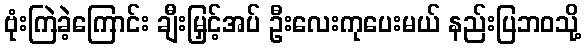
ဗုံးကြဲခဲ့ကြောင်း ချီးမြှင့်အပ် ဦးလေးကုပေးမယ် နည်းပြဘဝသို့